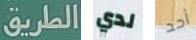
الطريق لدي أحد